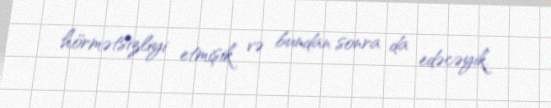
hörmətsizliyi etmişik və bundan sonra da edəcəyik.